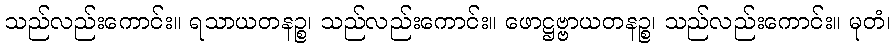
သည်လည်းကောင်း။ ရသာယတနဉ္စ၊ သည်လည်းကောင်း။ ဖောဋ္ဌဗ္ဗာယတနဉ္စ၊ သည်လည်းကောင်း။ မုတံ၊